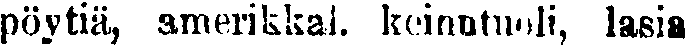
pöytiä, amerikkal. keinutuoli, lasia